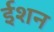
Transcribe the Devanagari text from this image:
ईशन